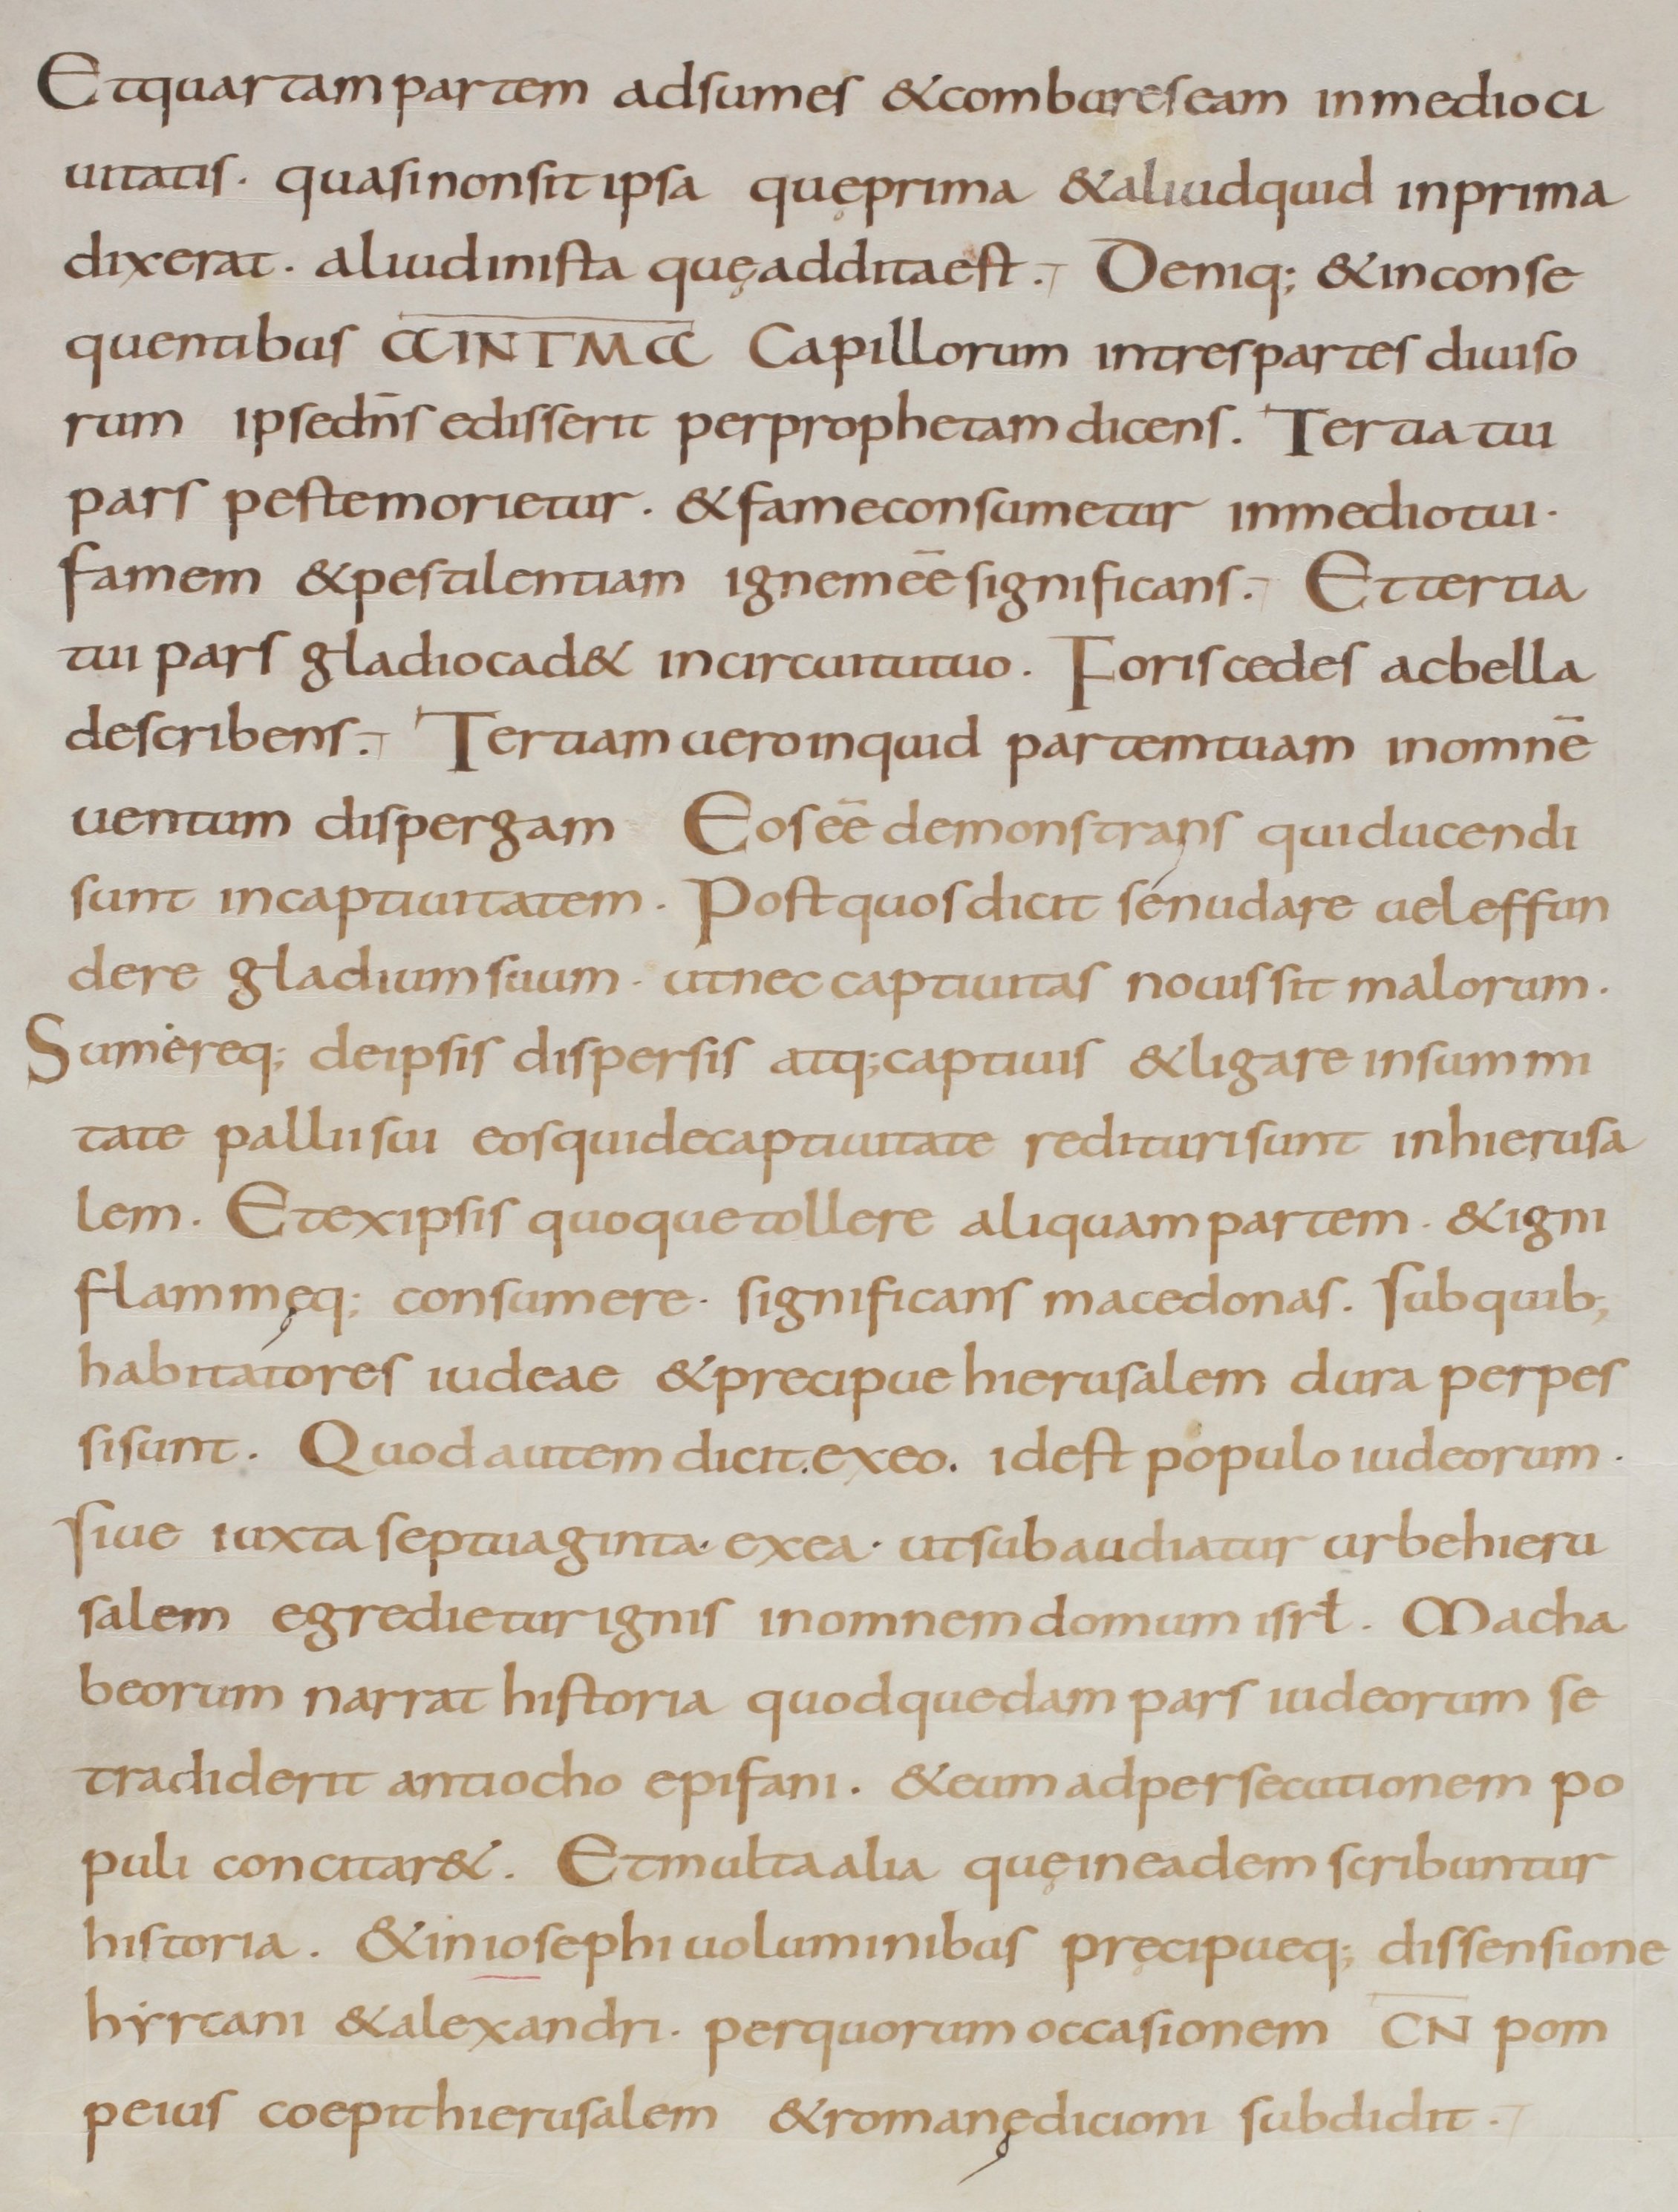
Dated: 800–899